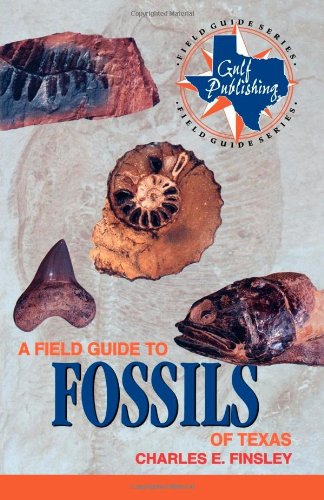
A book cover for A Field Guide to Fossils of Texas (Gulf Publishing Field Guide Series); Charles Finsley; Science & Math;